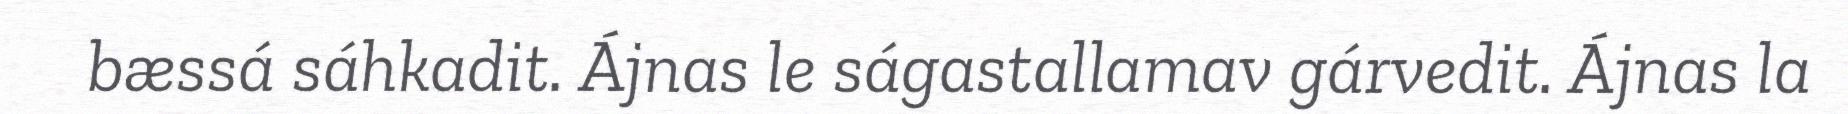
bæssá sáhkadit. Ájnas le ságastallamav gárvedit. Ájnas la